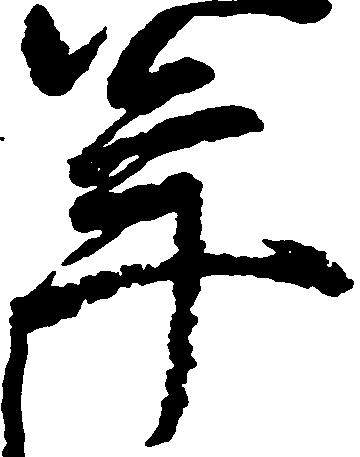
年